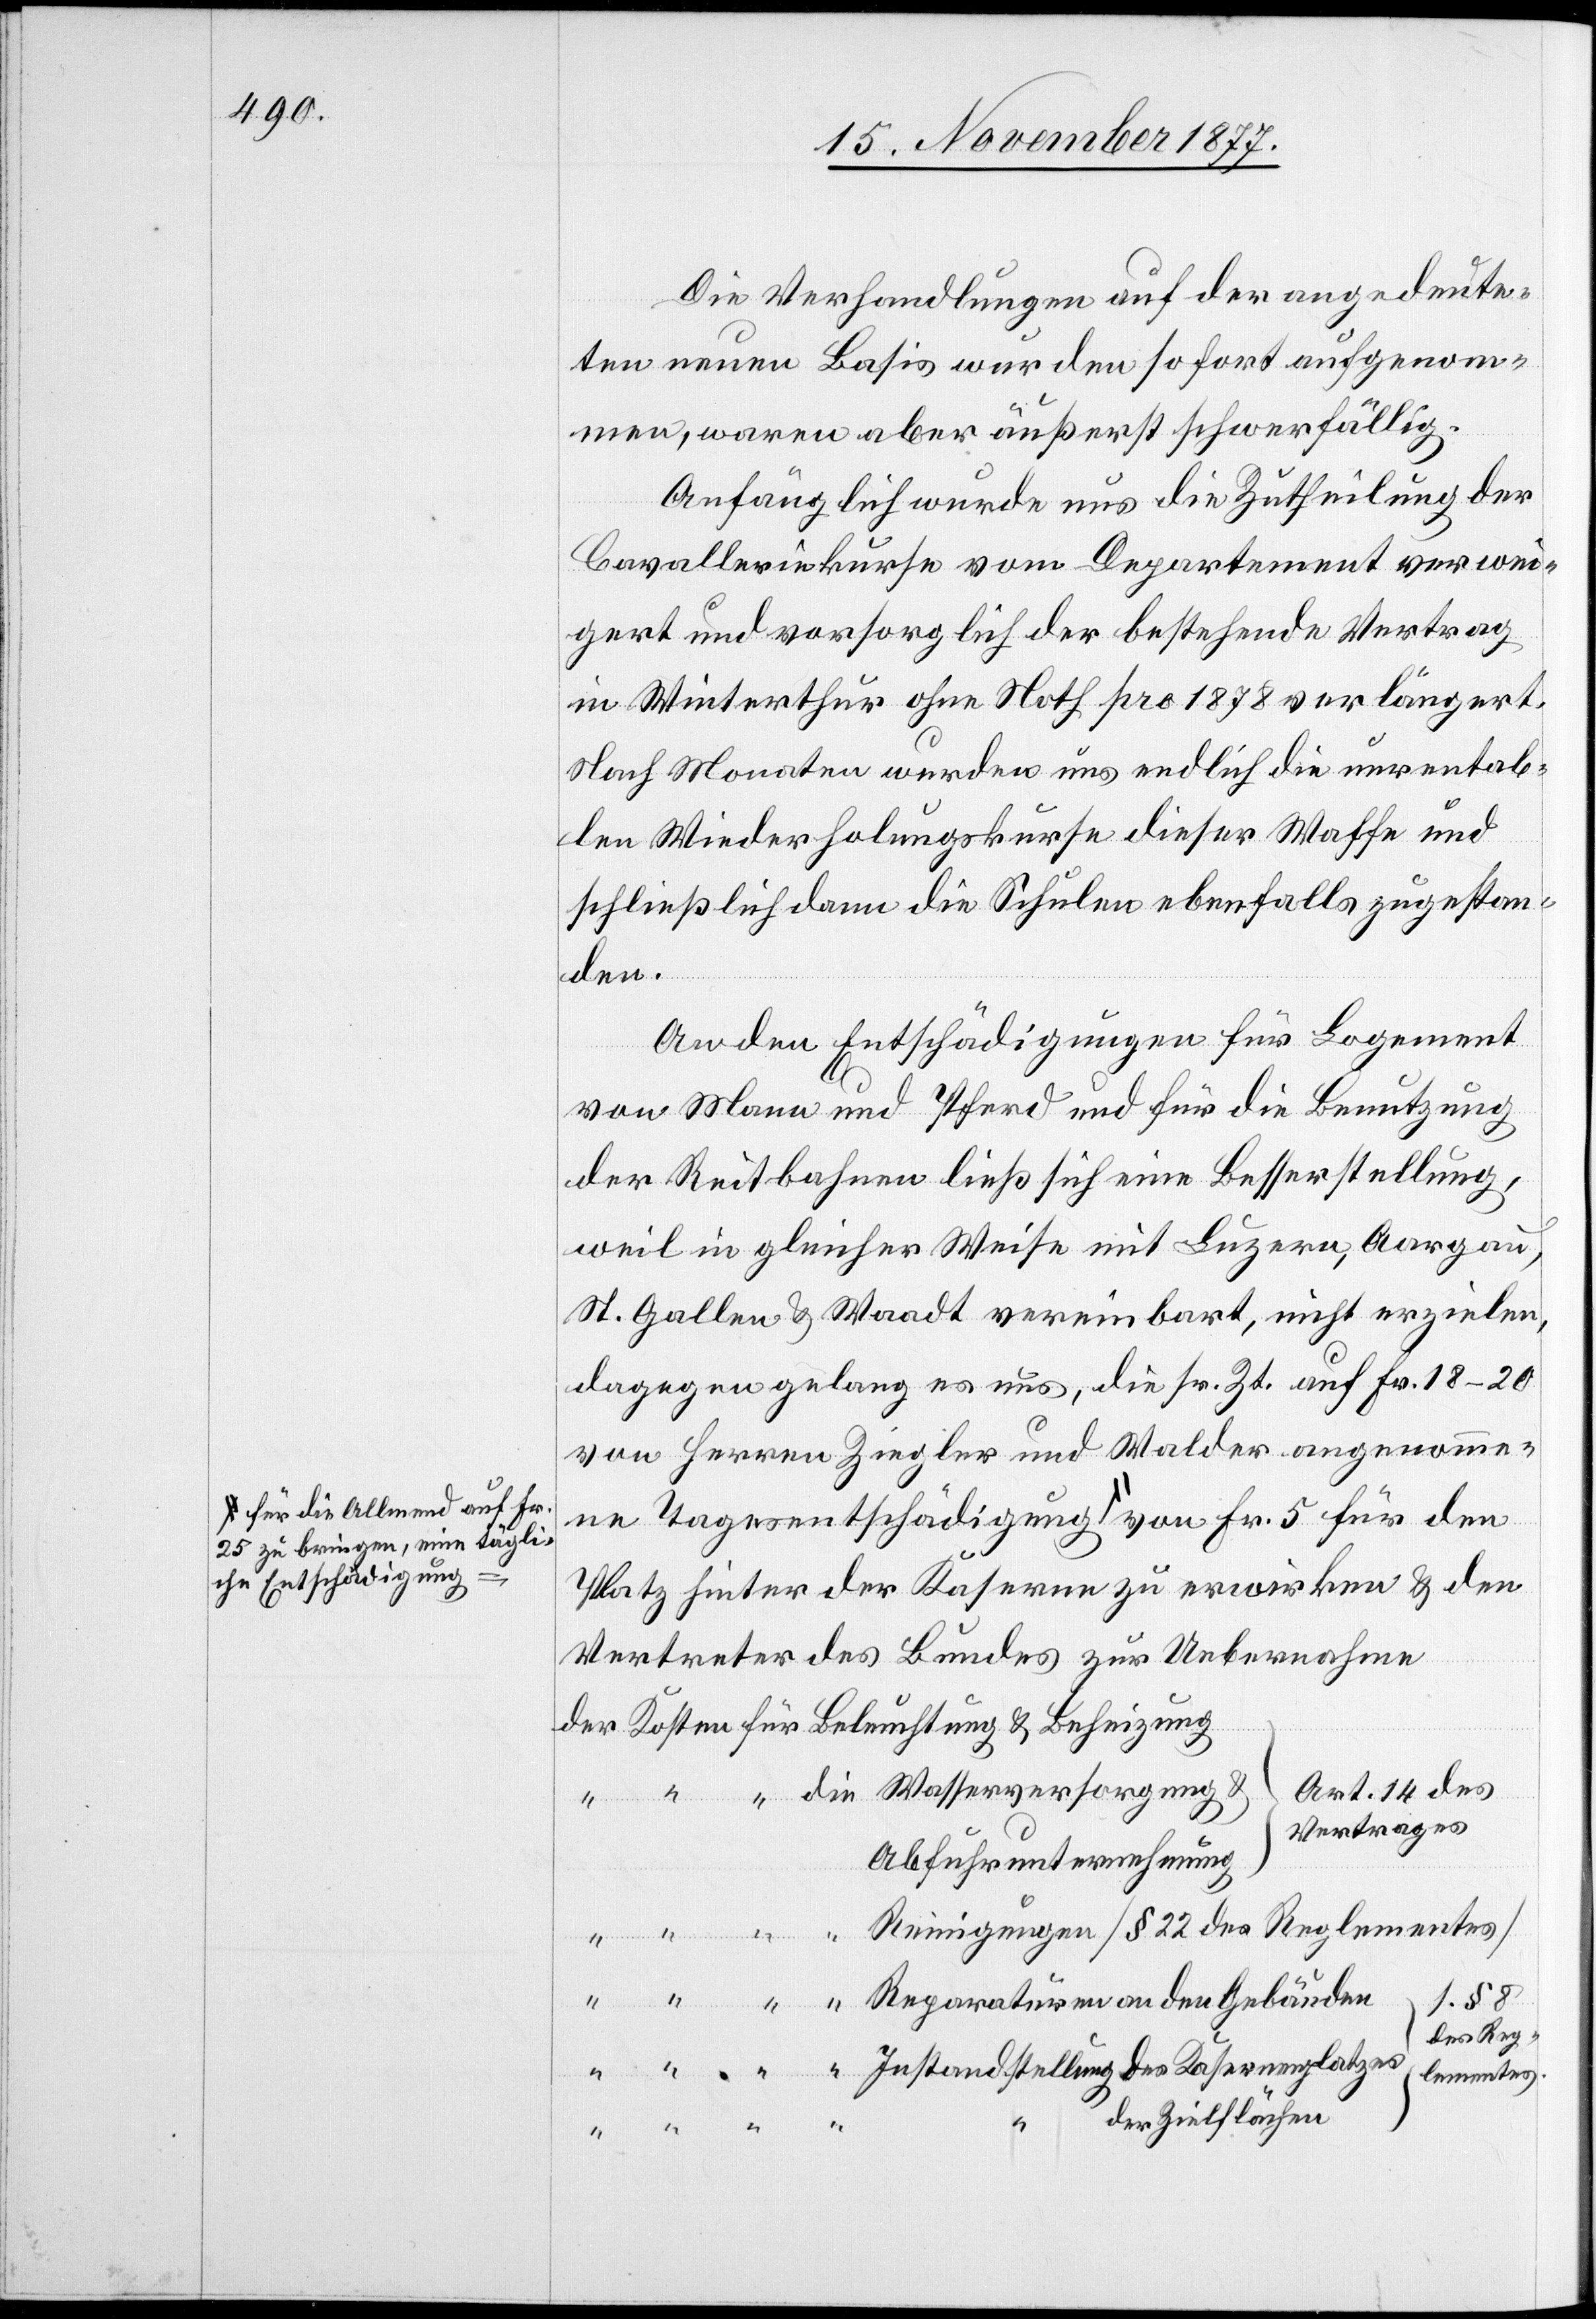
a-für die Allmend auf Fr.
25 zu bringen, eine tägli¬
che Entschädigung-a

Die Verhandlungen auf der angedeute¬
ten neuen Basis wurden sofort aufgenom¬
men, waren aber äußerst schwerfällig.
Anfänglich wurde uns die Zutheilung der
Cavalleriekurse vom Departement verwei¬
gert und vorsorglich der bestehende Vertrag
in Winterthur ohne Noth pro 1878 verlängert.
Nach Monaten wurden uns endlich die unrentab¬
len Wiederholungskurse dieser Waffe und
schließlich dann die Schulen ebenfalls zugestan¬
den
An den Entschädigungen für Logement
von Mann und Pferd und für die Benutzung
der Reitbahnen ließ sich eine Besserstellung,
weil in gleicher Weise mit Luzern, Aargau,
St. Gallen & Waadt vereinbart, nicht erzielen,
dagegen gelang es uns, die sr. Zt. auf Fr. 18–20
von Herrn Ziegler und Walder angenommene
Platz hinter der Kaserne zu erwirken & den
Vertreter des Bundes zur Uebernahme
Art. 14 des
Vertrages
Abfuhrunternehmung
“ Reinigungen [§ 22 des Reglementes]
s. § 8
des Reg¬
“ Instandstellung des Kasernenplatzes.
lementes.
der Zielflächen